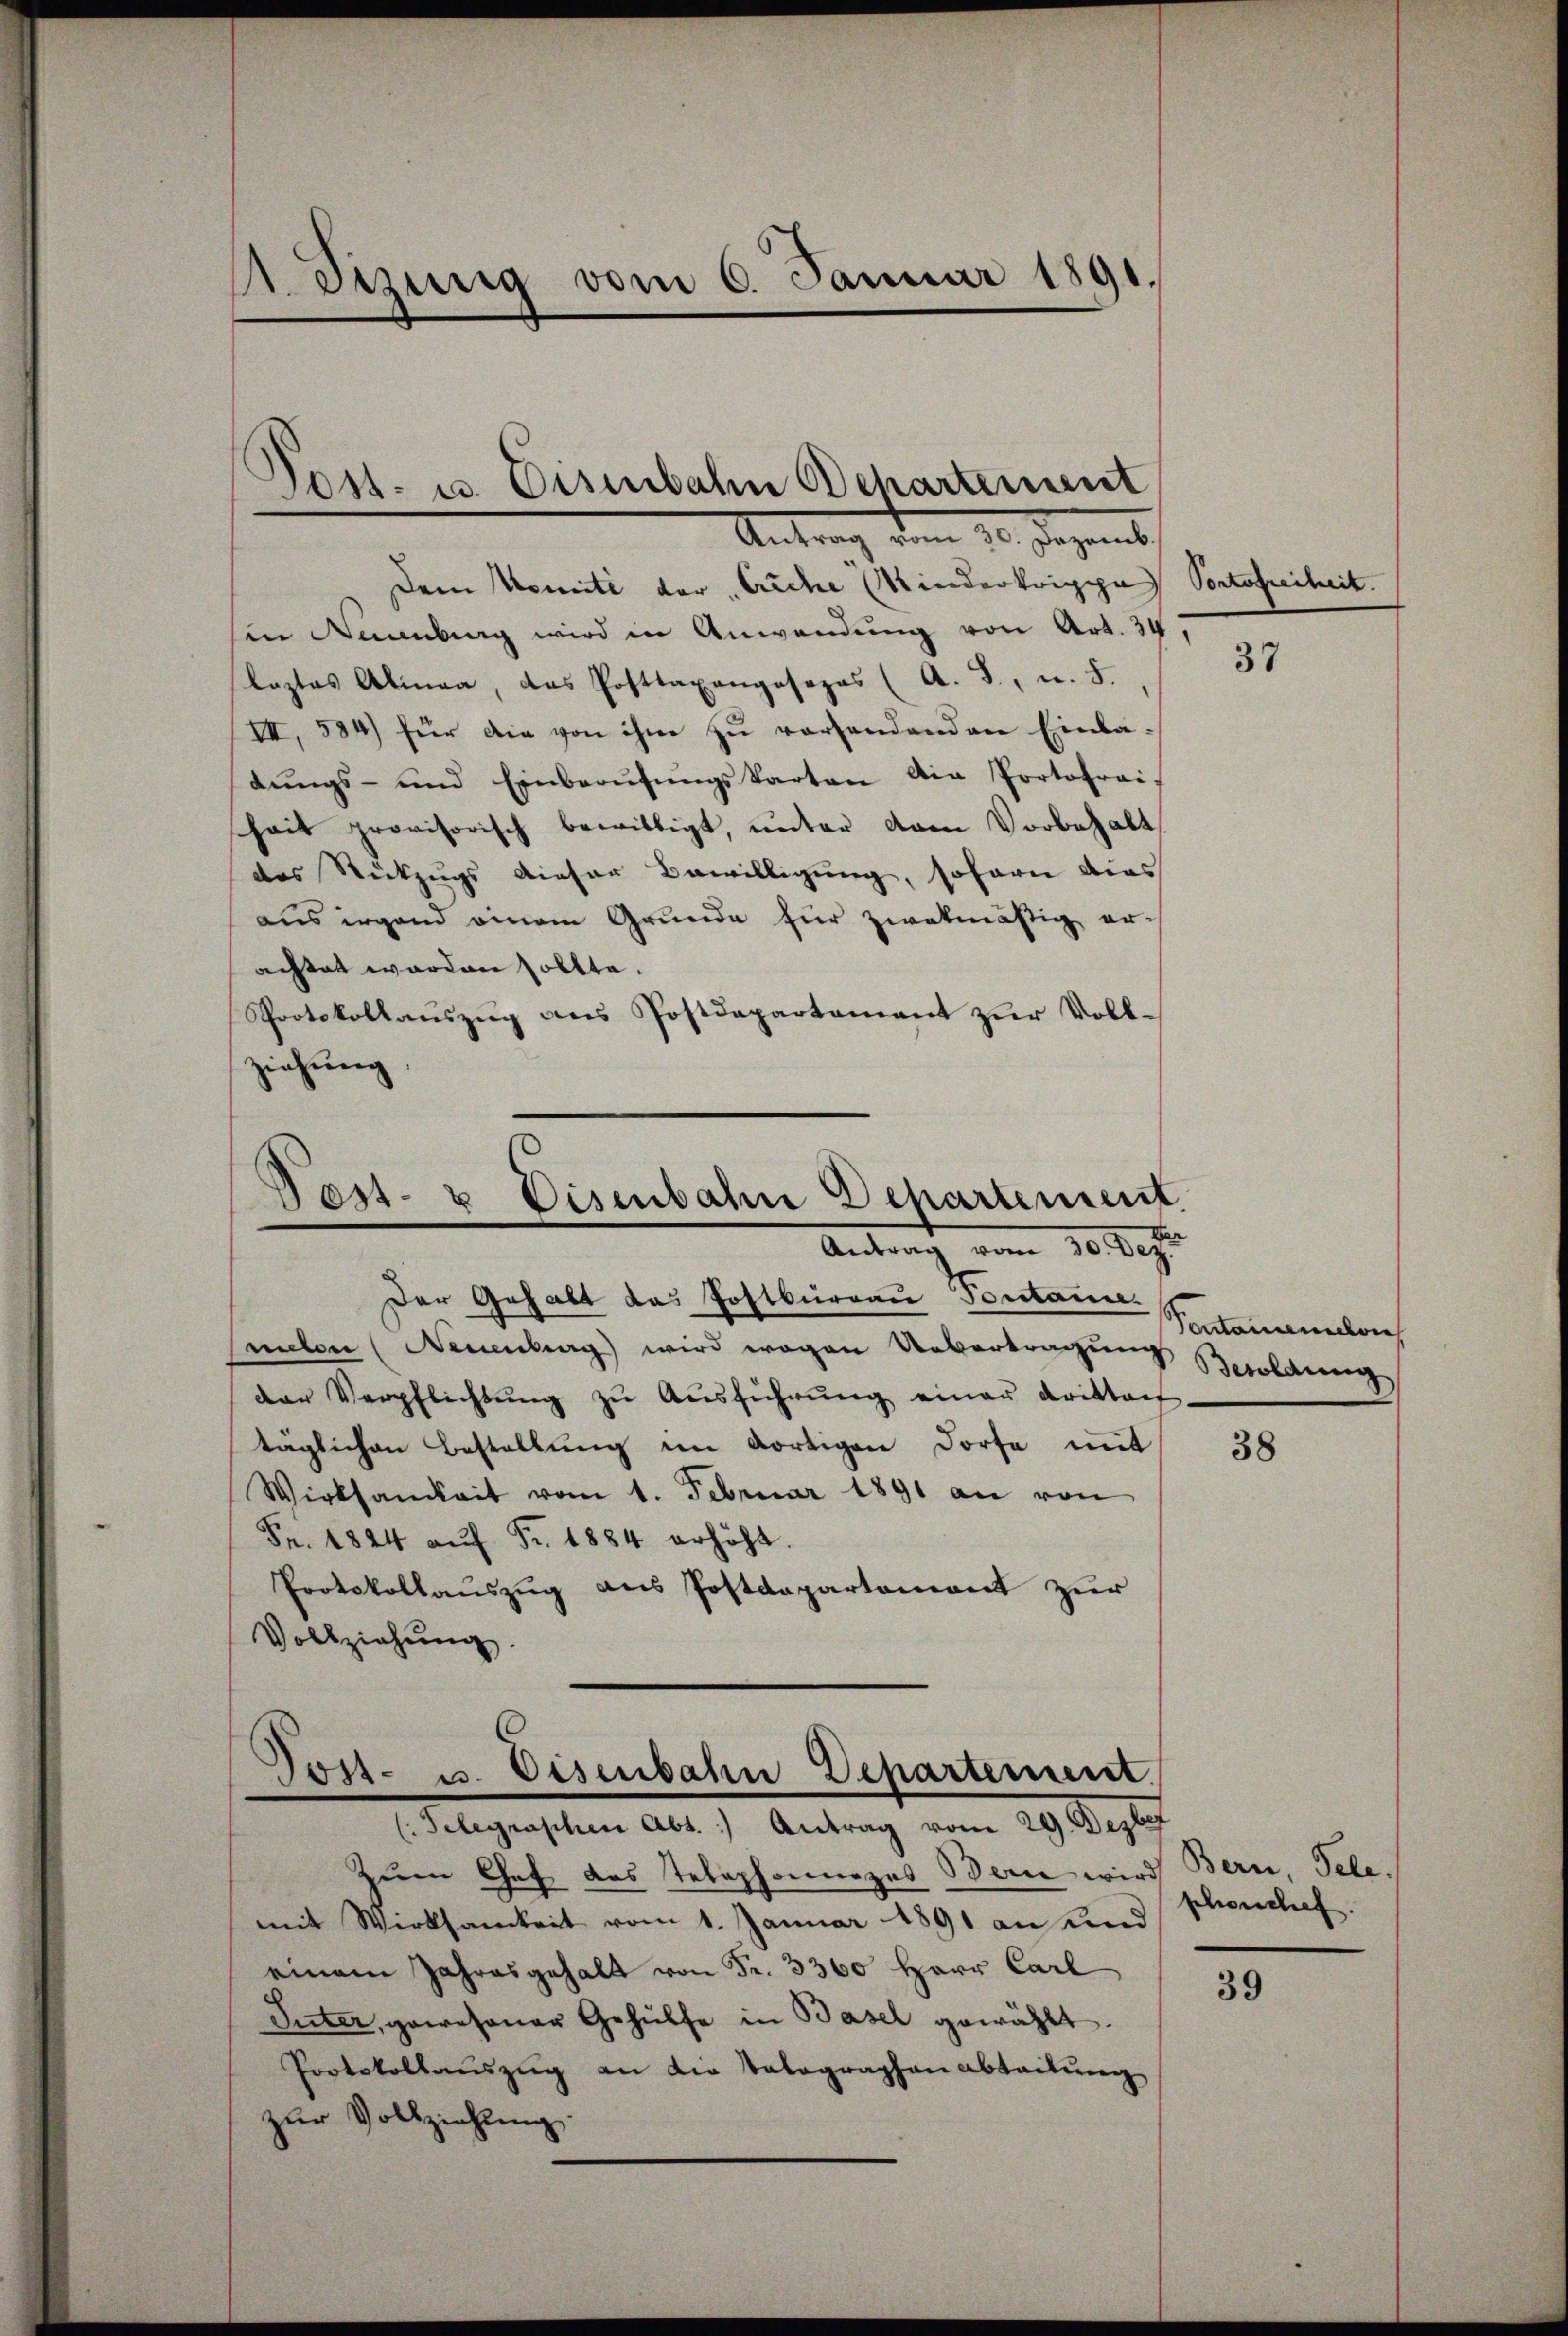
. erzing vom 6. Januar 1891.

.
Post- u. Eisenbahn chartement
Antrag vom 10. Jagent

Dem Komité der Eriche Kindertrippa Portofreiheit.
in Neuburg wird in Anwendung von Art. 34
laztas Alinea, das Posttaxangosezes (A. S., u. 5.
III, 584) für die von ihm zu vorhandenden Einlabŭngs- und Einberŭfŭngskarten die Portofrai
hait provisorisch bewilligt, unter Arm Vorbehalt
des Rückzugs dieser Bewilligung, sofern dies
aus irgend einem Grunde für zwekmäßig erachtet werden sollte.
Protokollauszug dans Postdepartement zur Vollziehung,

Post- u Eisenbahn Departement
Andten d. 30. Deze

Der Gehalt das Postbüreau Fontanne.
melen (Neuenburg wird wegen Uebertragung Besoldung,
der Verpflichtŭng zŭ Aŭsführŭng einer drittant
täglichen Bestellung im dortigen Dorfe mit
Wirksamkeit vom 1. Februar 1891 an von
Fr. 1824 aŭf Fr. 1884 erhöht.
Protokollauszug aus Postdepartement zur
Vollziehŭng.

Tost- u. Eisenbahn Departement.
(Telegraschen Abt. Antrag vom 29. Dezber

zum Chef das Telephonnezes Bern wird Bern, Tele-
mit Wirksamkeit vom 1. Januar 1891 an und
einem Jahresgehalt von Fr. 3360 Herr Carl
Inter, gewesener Gehülfe in Basel gewählt.
Portokollaŭszŭg an die Talagraphenabteilŭng
zur Vollziehung.

37

Pontairemen

38

phonschef.

39